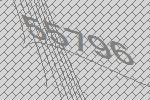
55796